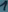
Text: 1